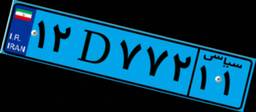
۱۲D۷۷۲۱۱